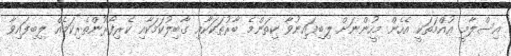
އިސްލާމީ އުއްމަތަކީ އެހެން މީހުންނަށް ލިބިފައިނުވާ ކިތަންމެ ބާރުތަކަކާއި ގާބިލުކަމަކާއި ކެރިފޯރުންތެރިކަމެއް ލިބިފައިވާ